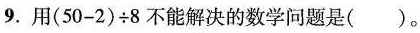
9.用$$( 5 0 - 2 ) \div 8$$不能解决的数学问题是( )。